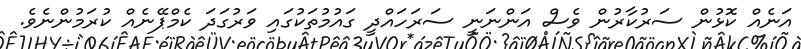
އަނެއް ކޮޅުން ސަރުކާރުން ވެސް އަންނަނީ ސަރަހައްދީ ގައުމުތަކުގައި ވަރުގަދަ ކެމްޕޭނެއް ކުރަމުންނެވެ.